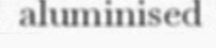
aluminised